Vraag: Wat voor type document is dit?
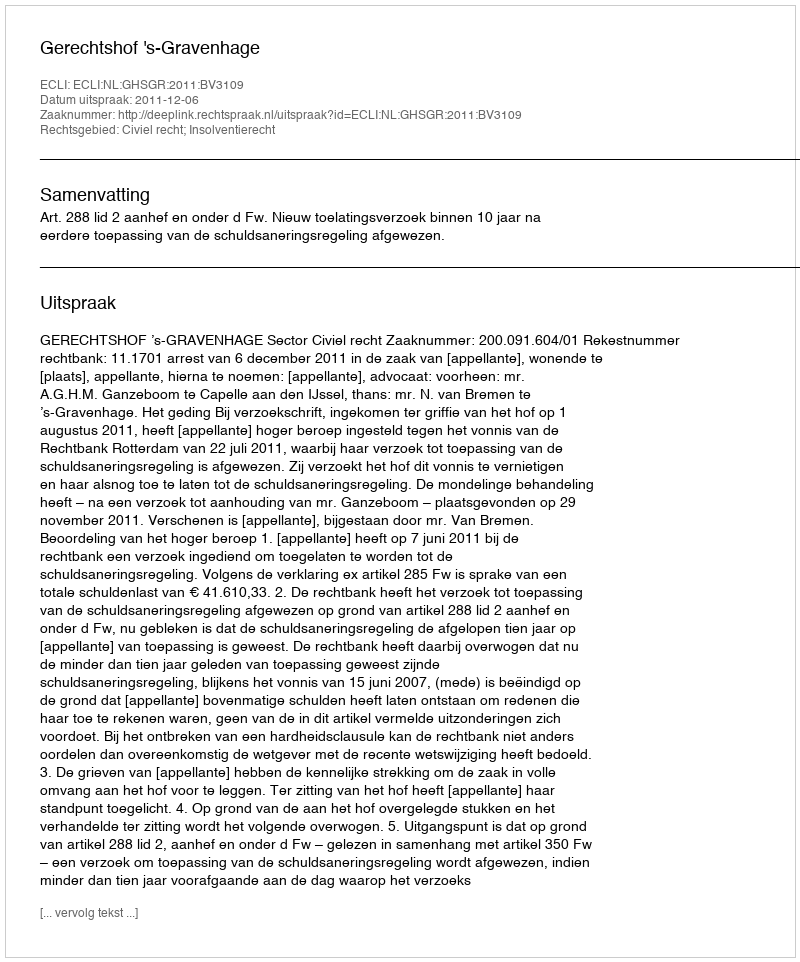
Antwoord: Uitspraak